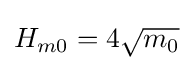
{\textstyle H_{m0}=4{\sqrt {m_{0}}}}